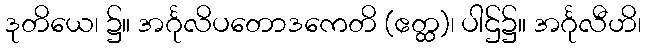
ဒုတိယေ၊ ၌။ အင်္ဂုလိပတောဒကေတိ (ဧတ္ထ)၊ ပါဌ်၌။ အင်္ဂုလီဟိ၊